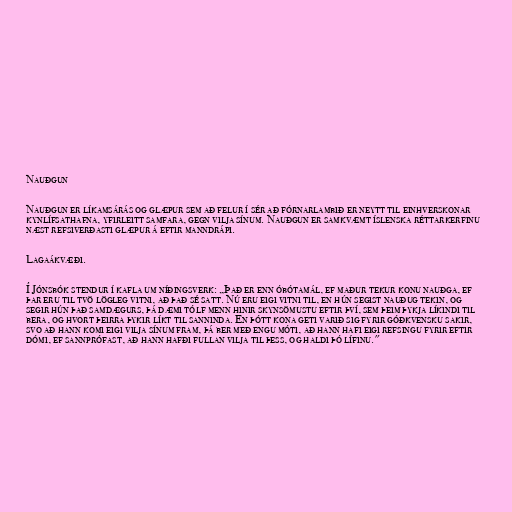
Nauðgun

Nauðgun er líkamsárás og glæpur sem að felur í sér að fórnarlambið er neytt til einhverskonar
kynlífsathafna, yfirleitt samfara, gegn vilja sínum. Nauðgun er samkvæmt íslenska réttarkerfinu
næst refsiverðasti glæpur á eftir manndrápi.

Lagaákvæði.

Í Jónsbók stendur í kafla um níðingsverk: „Það er enn óbótamál, ef maður tekur konu nauðga, ef
þar eru til tvö lögleg vitni, að það sé satt. Nú eru eigi vitni til, en hún segist nauðug tekin, og
segir hún það samdægurs, þá dæmi tólf menn hinir skynsömustu eftir því, sem þeim þykja líkindi til
bera, og hvort þeirra þykir líkt til sanninda. En þótt kona geti varið sig fyrir góðkvensku sakir,
svo að hann komi eigi vilja sínum fram, þá ber með engu móti, að hann hafi eigi refsingu fyrir eftir
dómi, ef sannprófast, að hann hafði fullan vilja til þess, og haldi þó lífinu."